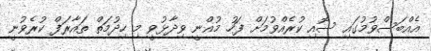
އެއްބަސްވުމުގައި ސޮއި ކުރެއްވުމަށް ފަހު މުޣްނީ ވިދާޅުވީ މި ހިދުމަތް ތައާރަފް ކުރެވުނީ